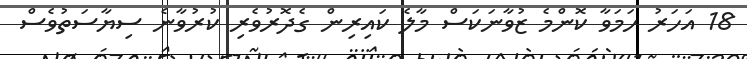
18 އަހަރު ހަމަވާ ކޮންމެ ޒުވާނަކަސް މާލެ ކައިރިން ގެދޮރުވެރި ކުރުވާނެ ސިޔާސަތުވެސް